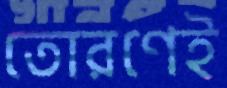
তোরণেই